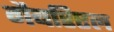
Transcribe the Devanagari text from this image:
गैबरिएल